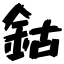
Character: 鈷